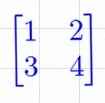
\begin{bmatrix}1&2\\3&4\end{bmatrix}